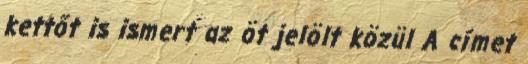
kettőt is ismert az öt jelölt közül A címet